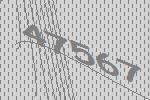
47567